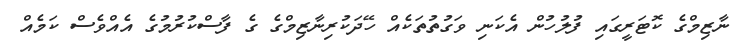
ނާޒިމްގެ ކޮޓަރީގައި ފުލުހުން އެކަނި ވަގުތުތަކެެއް ހޭދަކުރިނާޒިމްގެ ގެ ފާސްކުރުމުގެ އެއްވެސް ކަމެއް